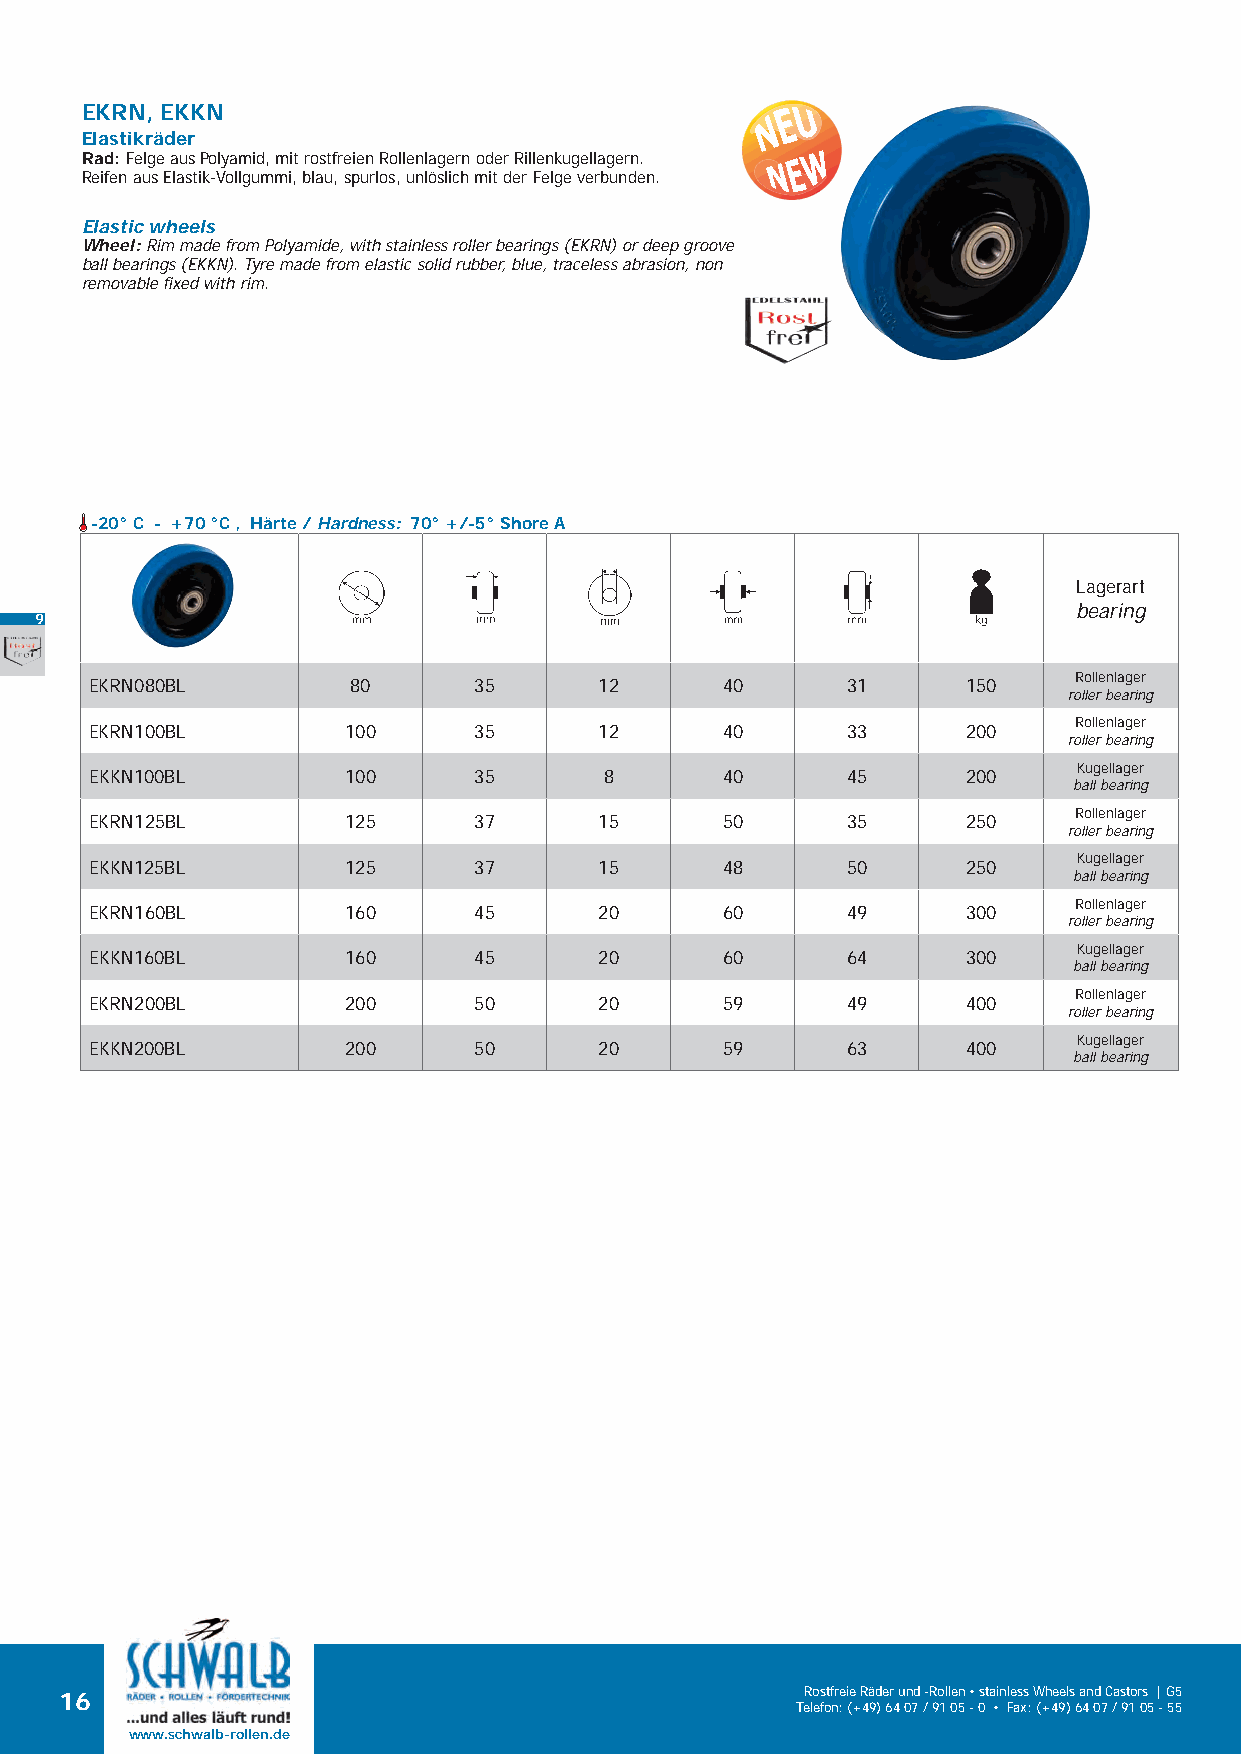
EKRN, EKKN
 Elastikräder
 Rad: Felge aus Polyamid, mit rostfreien Rollenlagern oder Rillenkugellagern.
 Reifen aus Elastik-Vollgummi, blau, spurlos, unlöslich mit der Felge verbunden.
 Elastic wheels
 Wheel: Rim made from Polyamide, with stainless roller bearings (EKRN) or deep groove
 ball bearings (EKKN). Tyre made from elastic solid rubber, blue, traceless abrasion, non
 removable fixed with rim.
 -20° C - +70 °C , Härte / Hardness: 70° +/-5° Shore A
 Lagerart
 bearing
 9
 Rollenlager
 EKRN080BL        80      35       12      40      31      150
 roller bearing
 Rollenlager
 EKRN100BL        100     35       12      40      33      200
 roller bearing
 Kugellager
 EKKN100BL        100     35       8       40      45      200
 ball bearing
 Rollenlager
 EKRN125BL        125     37       15      50      35      250
 roller bearing
 Kugellager
 EKKN125BL        125     37       15      48      50      250
 ball bearing
 Rollenlager
 EKRN160BL        160     45       20      60      49      300
 roller bearing
 Kugellager
 EKKN160BL        160     45       20      60      64      300
 ball bearing
 Rollenlager
 EKRN200BL        200     50       20      59      49      400
 roller bearing
 Kugellager
 EKKN200BL        200     50       20      59      63      400
 ball bearing
 16                                               Rostfreie Räder und -Rollen • stainless Wheels and Castors | G5
 Telefon: (+49) 64 07 / 91 05 - 0 • Fax: (+49) 64 07 / 91 05 - 55
 www.schwalb-rollen.de